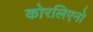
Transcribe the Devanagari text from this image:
कोरलिएनो